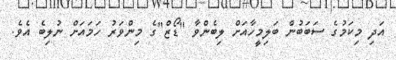
އަދި މިކަމުގެ ސަބަބުން ބަލިމީހާއަށް ލިބެންވާ "ޑޯޒް"ގެ މިންވަރު ހަމައަށް ނުލިބެ އެވެ.